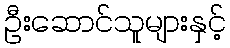
ဦးဆောင်သူများနှင့်